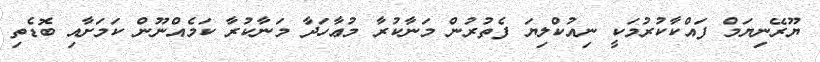
ޔޫރޭނިޔަމް ފައްކާކުރުމަކީ ނިއުކްލިޔަ ފެތުރުން މަނާކުރާ މުޢާހަދާ މަނާކުރާ ކަމެއްނޫން ކަމަށާއި ބޮޑެތި